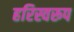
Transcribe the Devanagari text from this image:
हरिस्वरूप